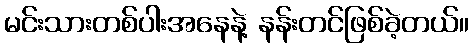
မင်းသားတစ်ပါးအနေနဲ့ နန်းတင်ဖြစ်ခဲ့တယ်။